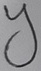
Text: Y